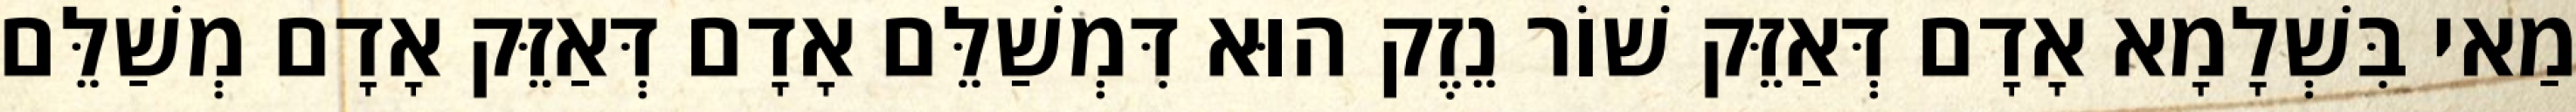
מַאי בִּשְׁלָמָא אָדָם דְּאַזֵּק שׁוֹר נֵזֶק הוּא דִּמְשַׁלֵּם אָדָם דְּאַזֵּק אָדָם מְשַׁלֵּם